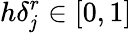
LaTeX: h\delta_{\mathit{j}}^{r}\in[0,1]